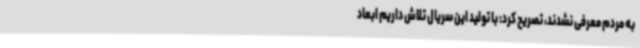
به مردم معرفی نشدند، تصریح کرد: با تولید این سریال تلاش داریم ابعاد